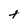
Character: t